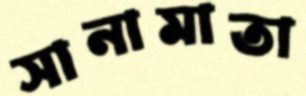
সানামাতা